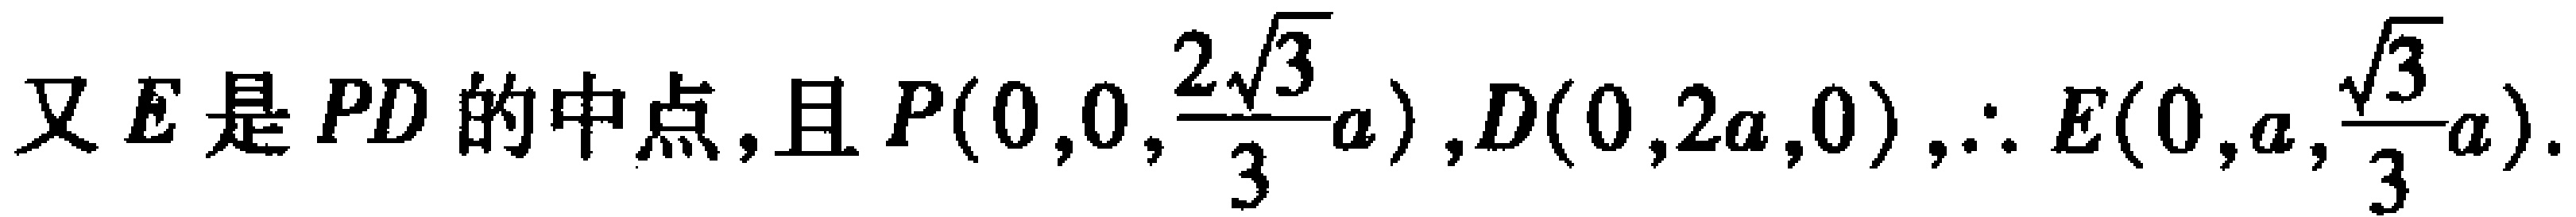
又\(E\)是\(PD\)的中点,且\(P(0,0,\frac{2\sqrt{3}}{3}a)\),\(D(0,2a,0)\),\(\therefore E(0,a,\frac{\sqrt{3}}{3}a)\).